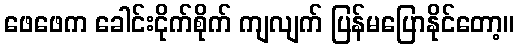
ဖေဖေက ခေါင်းငိုက်စိုက် ကျလျက် ပြန်မပြောနိုင်တော့။